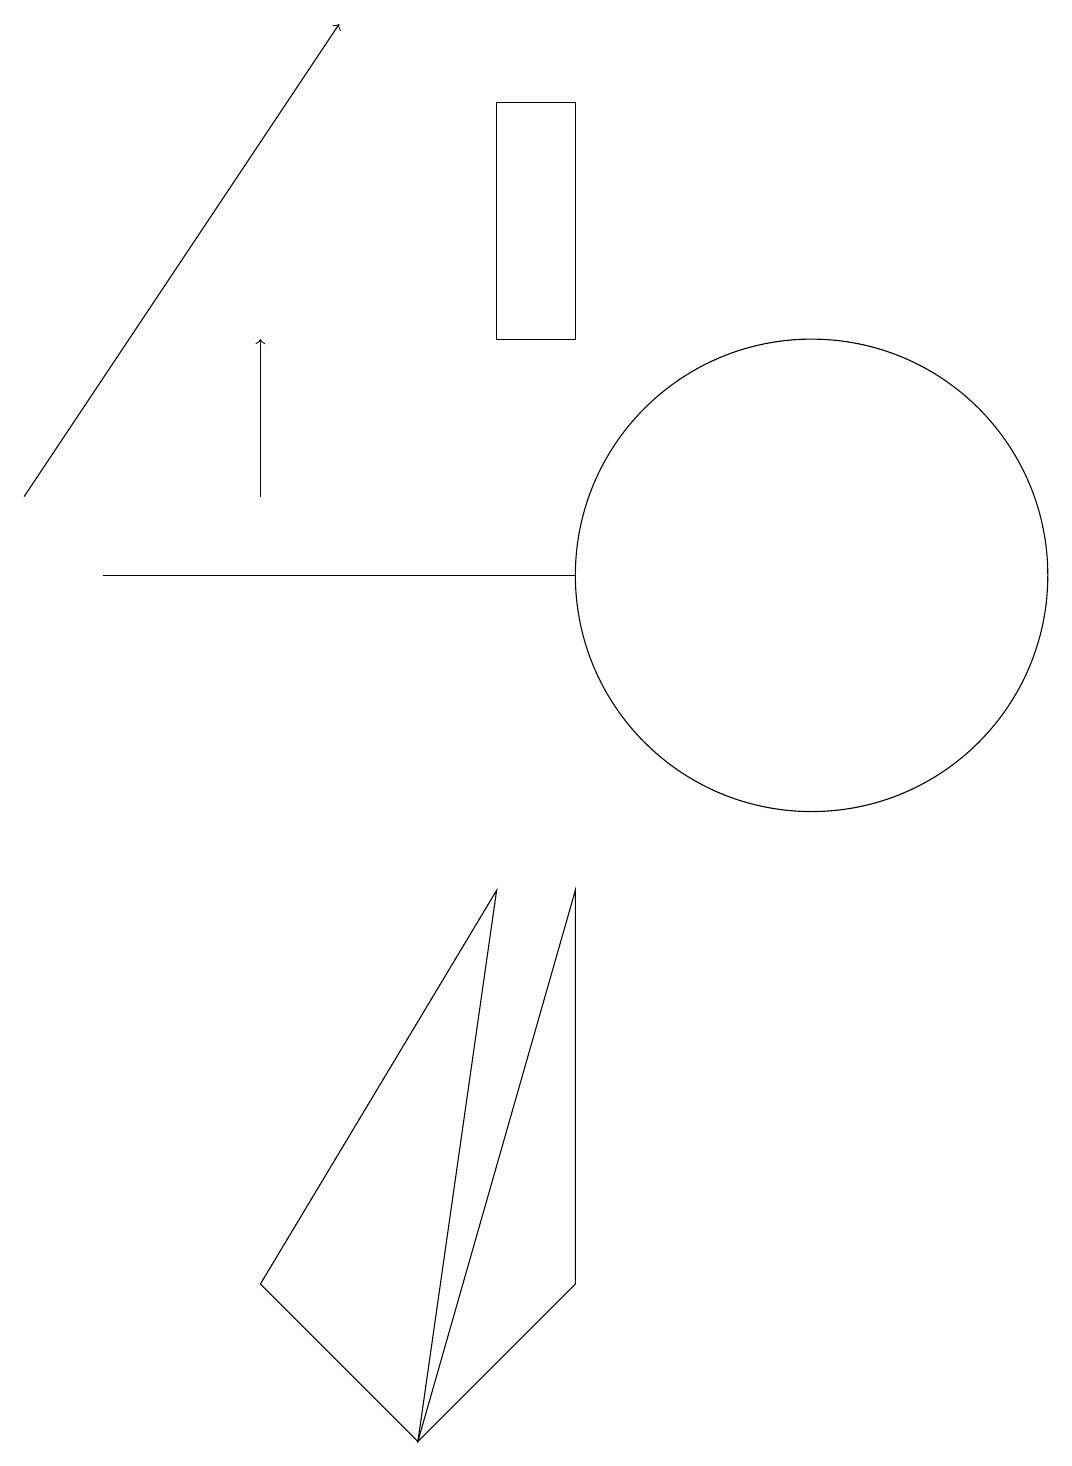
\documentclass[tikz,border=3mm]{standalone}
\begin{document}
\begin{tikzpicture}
\draw (4,2) -- (6,0) -- (7,7) -- cycle;
\draw[->] (1,12) -- (5,18);
\draw (8,7) -- (8,2) -- (6,0) -- cycle;
\draw (11,11) circle (3);
\draw (7,17) rectangle (8,14);
\draw (2,11) rectangle (8,11);
\draw[->] (4,12) -- (4,14);
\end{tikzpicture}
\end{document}